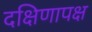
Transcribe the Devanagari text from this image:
दक्षिणापक्ष